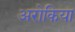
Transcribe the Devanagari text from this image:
अरोकिया